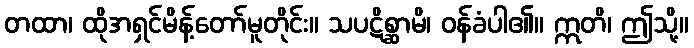
တထာ၊ ထိုအရှင်မိန့်တော်မူတိုင်း။ သပဋိစ္ဆာမိ၊ ဝန်ခံပါ၏။ ဣတိ၊ ဤသို့။